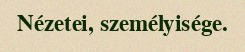
Nézetei, személyisége.